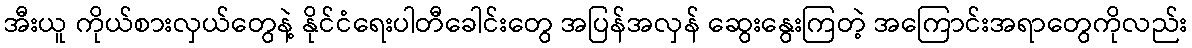
အီးယူ ကိုယ်စားလှယ်တွေနဲ့ နိုင်ငံရေးပါတီခေါင်းတွေ အပြန်အလှန် ဆွေးနွေးကြတဲ့ အကြောင်းအရာတွေကိုလည်း